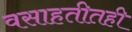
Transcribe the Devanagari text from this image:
वसाहतीतही